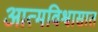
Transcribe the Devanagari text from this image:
आत्मविश्वासात